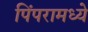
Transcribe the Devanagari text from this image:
पिंपरामध्ये